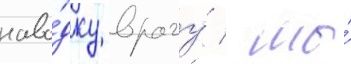
наво́дку врагу́ / мы́